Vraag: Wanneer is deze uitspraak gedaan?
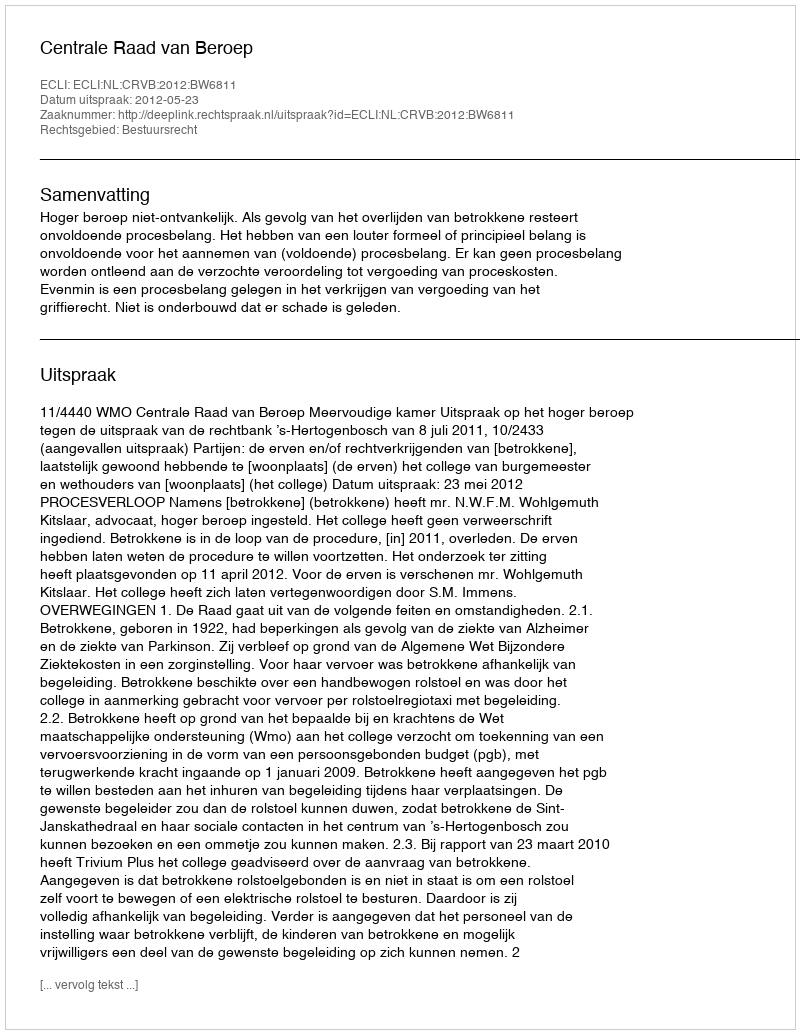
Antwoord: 2012-05-23